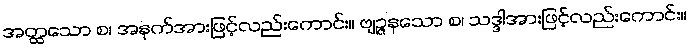
အတ္ထသော စ၊ အနက်အားဖြင့်လည်းကောင်း။ ဗျဉ္ဇနသော စ၊ သဒ္ဒါအားဖြင့်လည်းကောင်း။